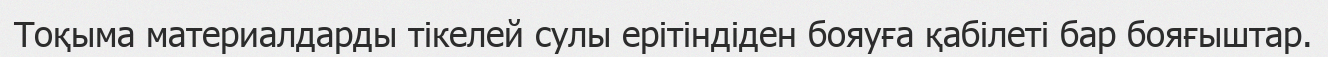
Tоқыма материалдарды тікелей сулы ерітіндіден бояуға қабілеті бар бояғыштар.